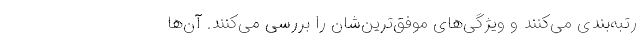
رتبه‌بندی می‌کنند و ویژگی‌های موفق‌ترین‌شان را بررسی می‌کنند. آن‌ها